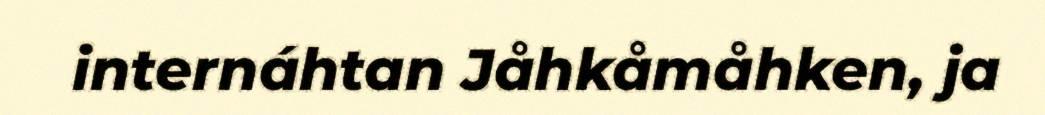
internáhtan Jåhkåmåhken, ja